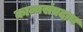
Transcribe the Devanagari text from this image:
काव्यसंप्रदाय